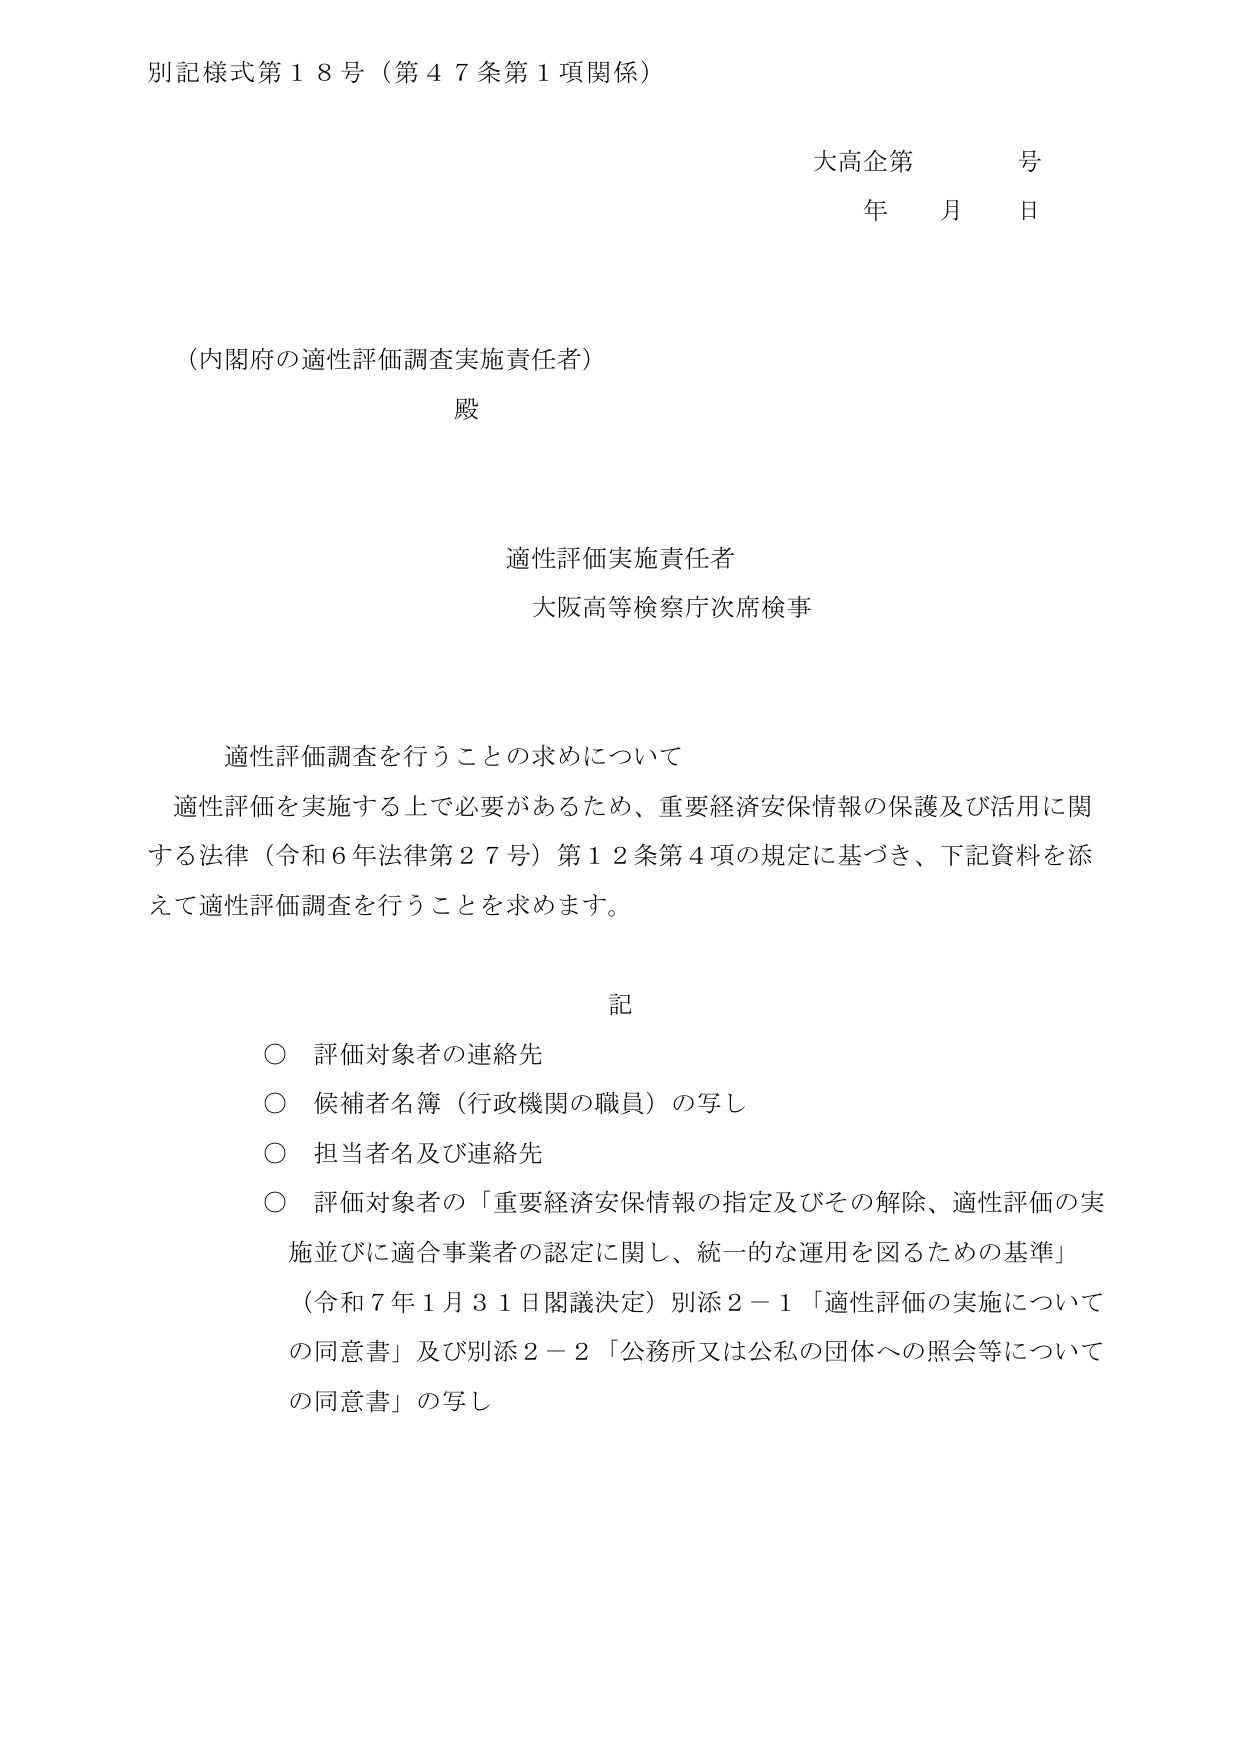
別記様式第１８号（第４７条第１項関係）

大高企第　　号
年　　月　　日

（内閣府の適性評価調査実施責任者）
殿

適性評価実施責任者
大阪高等検察庁次席検事

適性評価調査を行うことの求めについて
適性評価を実施する上で必要があるため、重要経済安保情報の保護及び活用に関する法律（令和６年法律第２７号）第１２条第４項の規定に基づき、下記資料を添えて適性評価調査を行うことを求めます。

記
○ 評価対象者の連絡先
○ 候補者名簿（行政機関の職員）の写し
○ 担当者名及び連絡先
○ 評価対象者の「重要経済安保情報の指定及びその解除、適性評価の実施並びに適合事業者の認定に関し、統一的な運用を図るための基準」
（令和７年１月３１日閣議決定）別添２－１「適性評価の実施についての同意書」及び別添２－２「公務所又は公私の団体への照会等についての同意書」の写し